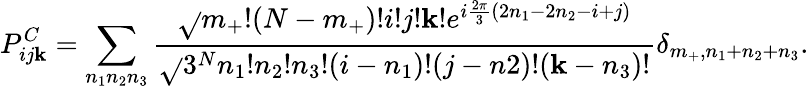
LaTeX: P_{ij\mathbf{k}}^{C}=\sum_{n_{1}n_{2}n_{3}}\frac{{\sqrt{}{{m_{+}!(N-m_{+})!i!j!\mathbf{k}!}}e^{i\frac{{2\pi}}{{3}}(2n_{1}-2n_{2}-i+j)}}}{{\sqrt{}{{3^{N}}}n_{1}!n_{2}!n_{3}!(i-n_{1})!(j-n2)!(\mathbf{k}-n_{3})!}}\delta_{m_{+},n_{1}+n_{2}+n_{3}}.